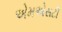
એમએસટી